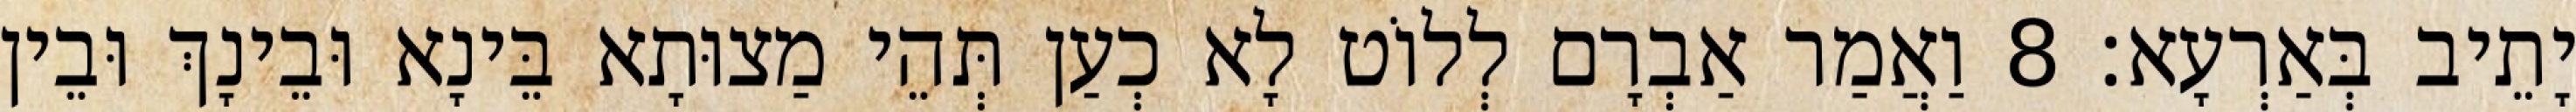
יָתֵיב בְּאַרְעָא׃ 8 וַאֲמַר אַבְרָם לְלוֹט לָא כְעַן תְּהֵי מַצוּתָא בֵּינָא וּבֵינָךְ וּבֵין